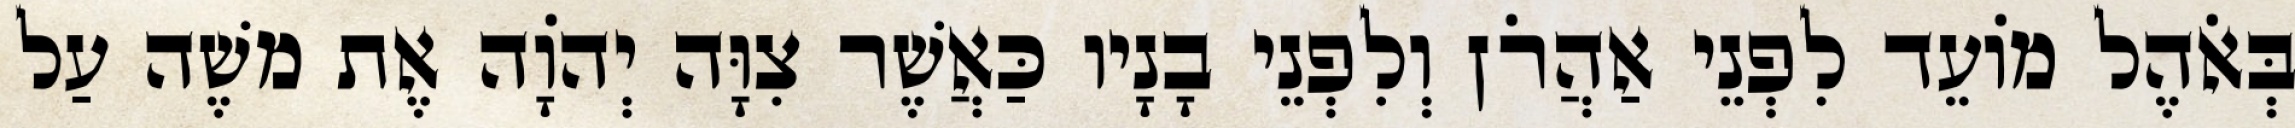
בְּאֹהֶל מוֹעֵד לִפְנֵי אַהֲרֹן וְלִפְנֵי בָנָיו כַּאֲשֶׁר צִוָּה יְהוָֹה אֶת משֶׁה עַל